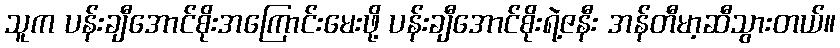
သူက ပန်းချီအောင်စိုးအကြောင်းမေးဖို့ ပန်းချီအောင်စိုးရဲ့ဇနီး အန်တီမာ့ဆီသွားတယ်။